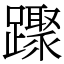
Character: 䠫